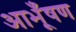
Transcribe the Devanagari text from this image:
आभूँषण